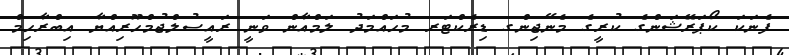
ފެނަކަ ކޯޕަރޭޝަންގެ ކުރީގެ މެނޭޖިންގ ޑިރެކްޓަރ މުހައްމަދު ލަމްއާން ވަނީ ރައީސުލްޖުމްހޫރިއްޔާ އިބްރާހިމް